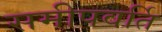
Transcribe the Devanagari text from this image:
समीपवर्ति